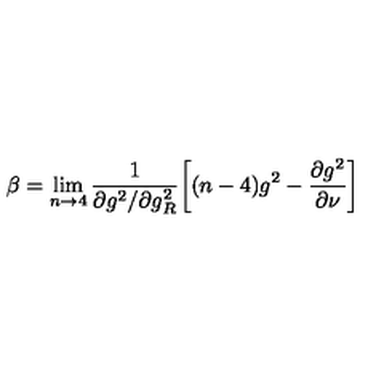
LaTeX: \beta = \lim _ { n \rightarrow 4 } \frac { 1 } { { \partial g ^ { 2 } } / { \partial g _ { R } ^ { 2 } } } \biggl [ ( n - 4 ) g ^ { 2 } - \frac { { \partial g ^ { 2 } } } { { \partial \nu } } \biggr ]